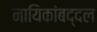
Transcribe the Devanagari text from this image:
नायिकांबद्दल